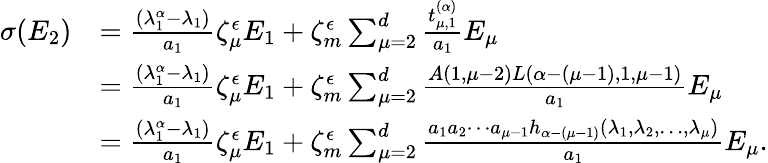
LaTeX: \begin{array}{rl}{\sigma(E_{2})}&{=\frac{(\lambda_{1}^{\alpha}-\lambda_{1})}{a_{1}}\zeta_{\mu}^{\epsilon}E_{1}+\zeta_{m}^{\epsilon}\sum_{\mu=2}^{d}\frac{t_{\mu,1}^{(\alpha)}}{a_{1}}E_{\mu}}\\ &{=\frac{(\lambda_{1}^{\alpha}-\lambda_{1})}{a_{1}}\zeta_{\mu}^{\epsilon}E_{1}+\zeta_{m}^{\epsilon}\sum_{\mu=2}^{d}\frac{A(1,\mu-2)L(\alpha-(\mu-1),1,\mu-1)}{a_{1}}E_{\mu}}\\ &{=\frac{(\lambda_{1}^{\alpha}-\lambda_{1})}{a_{1}}\zeta_{\mu}^{\epsilon}E_{1}+\zeta_{m}^{\epsilon}\sum_{\mu=2}^{d}\frac{a_{1}a_{2}\cdots a_{\mu-1}h_{\alpha-(\mu-1)}(\lambda_{1},\lambda_{2},\ldots,\lambda_{\mu})}{a_{1}}E_{\mu}.}\end{array}